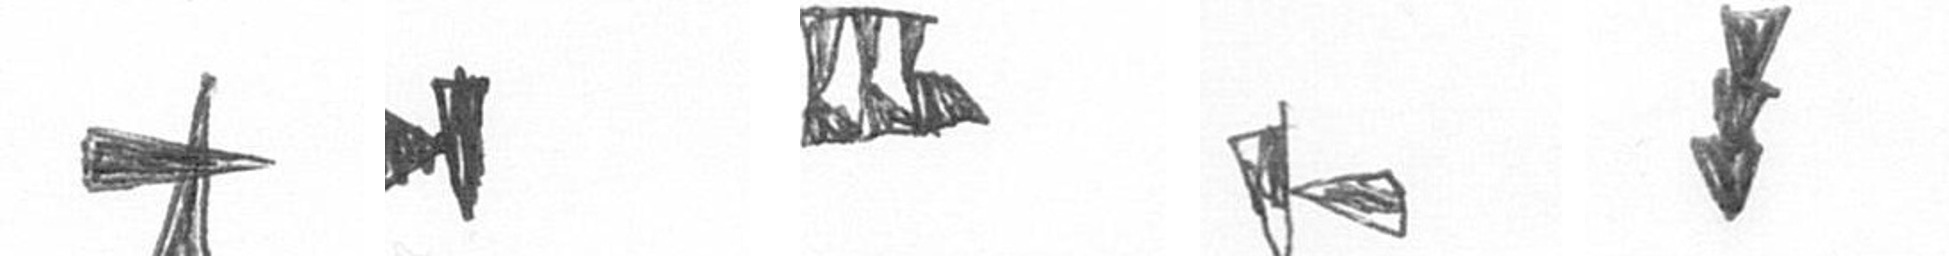
G M D F E